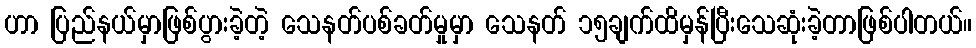
ဟာ ပြည်နယ်မှာဖြစ်ပွားခဲ့တဲ့ သေနတ်ပစ်ခတ်မှုမှာ သေနတ် ၁၅ချက်ထိမှန်ပြီးသေဆုံးခဲ့တာဖြစ်ပါတယ်။